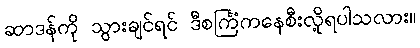
ဆာဒန်ကို သွားချင်ရင် ဒီစင်္ကြံကနေစီးလို့ရပါသလား။